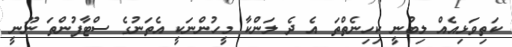
ކަތިވަޅިއެއް ލިބުނީ ކިހިނެތްތަ އެ ދެ ލަންކާ މީހުންނަކީ އެތަނުގެ ސްޓާފުންތަ ނޫނީ